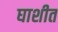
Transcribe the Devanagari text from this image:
घाशीत